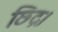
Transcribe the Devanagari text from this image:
छिद्र।